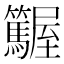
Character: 𡳽